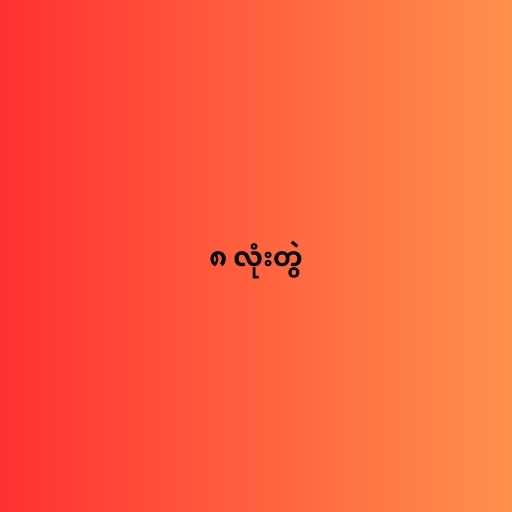
၈ လုံးတွဲ